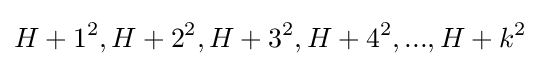
H+1^{2},H+2^{2},H+3^{2},H+4^{2},...,H+k^{2}